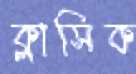
ক্লাসিক